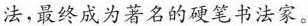
法，最终成为著名的硬笔书法家。